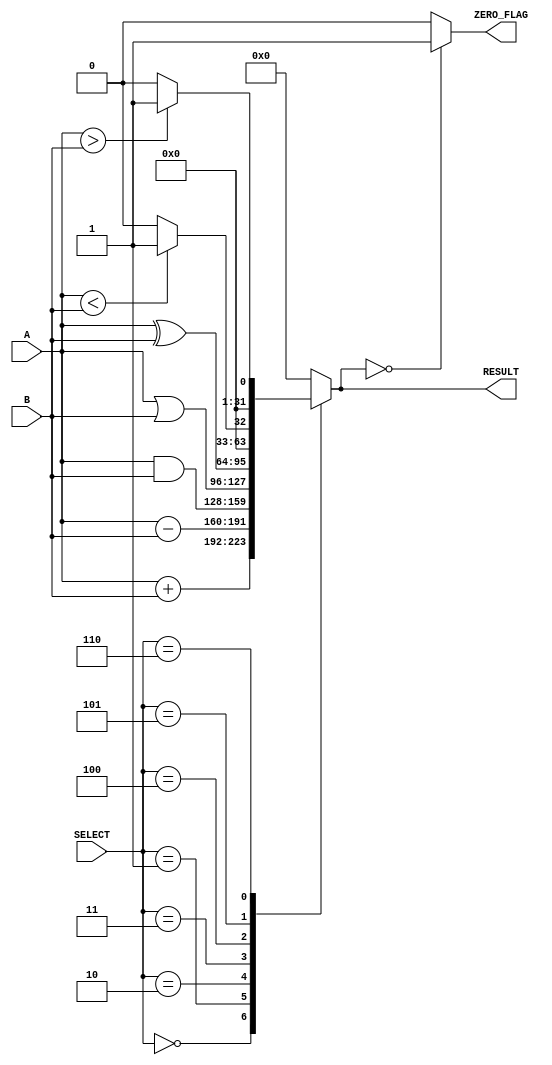
module parameterized_alu #(
    parameter DATA_WIDTH = 32,              // Bit-width of inputs and output
    parameter OPERATION_SET = 4              // Number of operations supported
)(
    input  wire [DATA_WIDTH-1:0] A,         // Operand A
    input  wire [DATA_WIDTH-1:0] B,         // Operand B
    input  wire [OPERATION_SET-1:0] SELECT, // Operation select signal
    output reg  [DATA_WIDTH-1:0] RESULT,    // Result of the operation
    output reg  ZERO_FLAG                    // Zero flag output
);

    // ALU operation definitions
    localparam ADD       = 3'b000;
    localparam SUB       = 3'b001;
    localparam AND       = 3'b010;
    localparam OR        = 3'b011;
    localparam XOR       = 3'b100;
    localparam LT        = 3'b101; // Less than
    localparam GT        = 3'b110; // Greater than

    // Combinational logic for ALU operations
    always @(*) begin
        case (SELECT)
            ADD:    RESULT = A + B;
            SUB:    RESULT = A - B;
            AND:    RESULT = A & B;
            OR:     RESULT = A | B;
            XOR:    RESULT = A ^ B;
            LT:     RESULT = (A < B) ? 1 : 0; // Result is 1 bit for comparison
            GT:     RESULT = (A > B) ? 1 : 0; // Result is 1 bit for comparison
            default: RESULT = {DATA_WIDTH{1'b0}}; // Default case
        endcase

        // Zero flag logic
        ZERO_FLAG = (RESULT == {DATA_WIDTH{1'b0}}) ? 1'b1 : 1'b0;
    end

endmodule